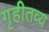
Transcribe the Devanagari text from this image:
गृहीतव्य